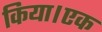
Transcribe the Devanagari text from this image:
किया।एक